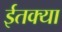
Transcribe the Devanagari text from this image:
ईतक्या